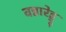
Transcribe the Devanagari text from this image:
वन्नारेड्डू